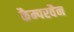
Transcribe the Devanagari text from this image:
कैम्परवैन